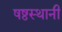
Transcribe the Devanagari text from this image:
षष्ठस्थानी